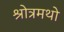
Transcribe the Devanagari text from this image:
श्रोत्रमथो